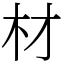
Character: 材